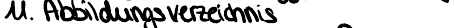
11. Abbildungsverzeichnis